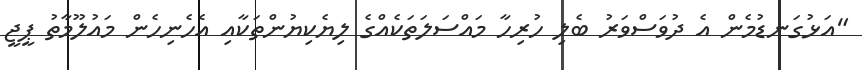
"އަޅުގަނޑުމެން އެ ދުވަސްވަރު ބެލި ހުރިހާ މައްސަލަތަކެއްގެ ލިޔެކިޔުންތަކާއި އެހެނިހެން މައުލޫމާތު ޕީޖީ